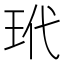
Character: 玳